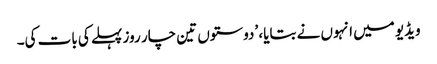
ویڈیو میں انہوں نے بتایا، ’دوستوں تین چار روز پہلے کی بات کی۔